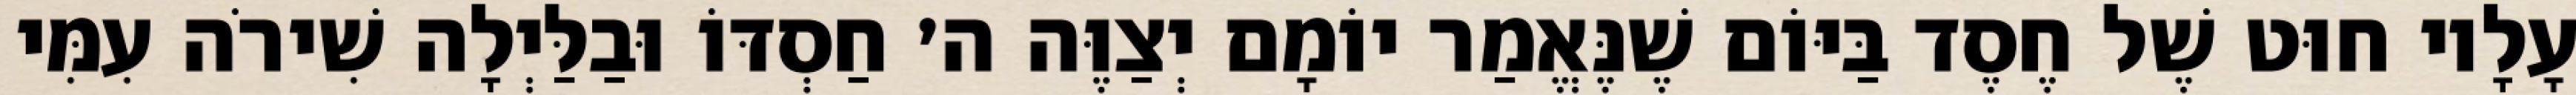
עָלָיו חוּט שֶׁל חֶסֶד בַּיּוֹם שֶׁנֶּאֱמַר יוֹמָם יְצַוֶּה ה׳ חַסְדּוֹ וּבַלַּיְלָה שִׁירֹה עִמִּי